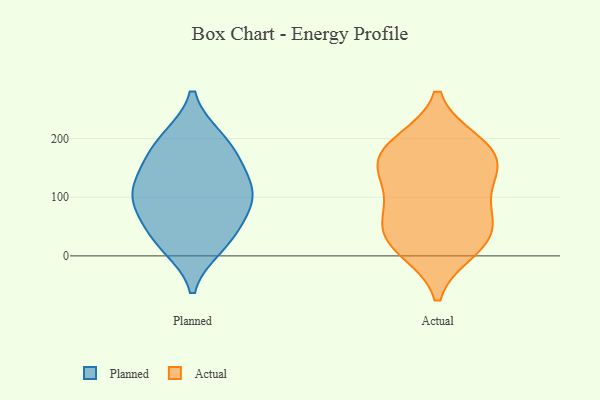
{"axis": {"x": "Tickets Resolved", "y": "Value"}, "legend": ["Actual", "Planned"], "data": [{"x": "", "y": 155, "type": "Planned"}, {"x": "", "y": 42, "type": "Planned"}, {"x": "", "y": 119, "type": "Planned"}, {"x": "", "y": 25, "type": "Planned"}, {"x": "", "y": 93, "type": "Planned"}, {"x": "", "y": 78, "type": "Planned"}, {"x": "", "y": 17, "type": "Planned"}, {"x": "", "y": 198, "type": "Planned"}, {"x": "", "y": 200, "type": "Planned"}, {"x": "", "y": 111, "type": "Planned"}, {"x": "", "y": 162, "type": "Planned"}, {"x": "", "y": 99, "type": "Planned"}, {"x": "", "y": 114, "type": "Actual"}, {"x": "", "y": 66, "type": "Actual"}, {"x": "", "y": 191, "type": "Actual"}, {"x": "", "y": 71, "type": "Actual"}, {"x": "", "y": 21, "type": "Actual"}, {"x": "", "y": 22, "type": "Actual"}, {"x": "", "y": 54, "type": "Actual"}, {"x": "", "y": 158, "type": "Actual"}, {"x": "", "y": 194, "type": "Actual"}, {"x": "", "y": 179, "type": "Actual"}, {"x": "", "y": 144, "type": "Actual"}, {"x": "", "y": 145, "type": "Actual"}, {"x": "", "y": 10, "type": "Actual"}]}